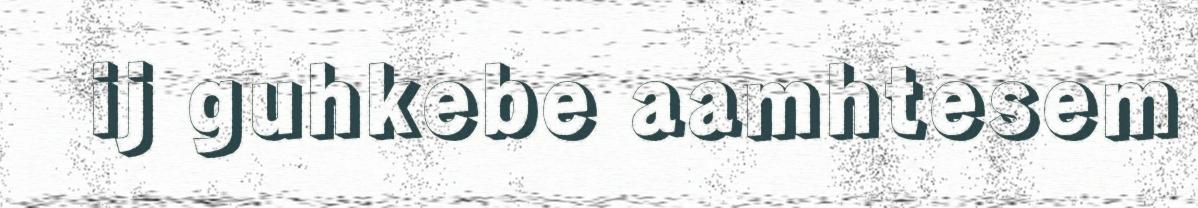
ij guhkebe aamhtesem